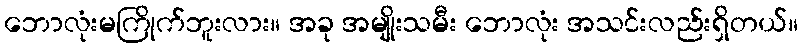
ဘောလုံးမကြိုက်ဘူးလား။ အခု အမျိုးသမီး ဘောလုံး အသင်းလည်းရှိတယ်။